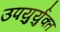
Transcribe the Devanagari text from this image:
उपयुर्युक्त